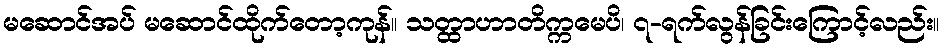
မဆောင်အပ် မဆောင်ထိုက်တော့ကုန်။ သတ္ထာဟာတိက္ကမေပိ၊ ၇-ရက်လွန်ခြင်းကြောင့်လည်း။